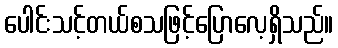
ပေါင်းသင့်တယ်စသဖြင့်ပြောလေ့ရှိသည်။